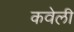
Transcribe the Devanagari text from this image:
कवेली